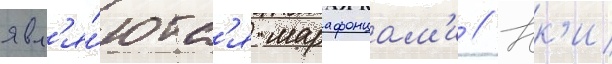
явл'я́ютс'я марафонцам'и // Юк'и